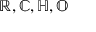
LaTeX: \mathbb { R , C , H , O }